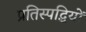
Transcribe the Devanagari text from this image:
प्रतिस्पद्धियों